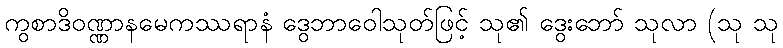
ကွစာဒိဝဏ္ဏာနမေကဿရာနံ ဒွေဘာဝေါသုတ်ဖြင့် သု၏ ဒွေးဘော် သုလာ (သု သု